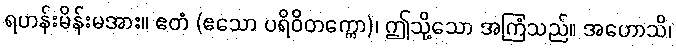
ရဟန်းမိန်းမအား။ ဧတံ (ဧသော ပရိဝိတက္ကော)၊ ဤသို့သော အကြံသည်။ အဟောသိ၊